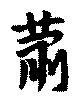
蕭